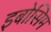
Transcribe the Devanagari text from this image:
इबोसिम